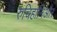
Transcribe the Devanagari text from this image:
रुचिहानिऔर